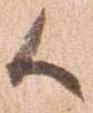
候